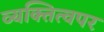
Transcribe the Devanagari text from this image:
व्यक्तित्वपर